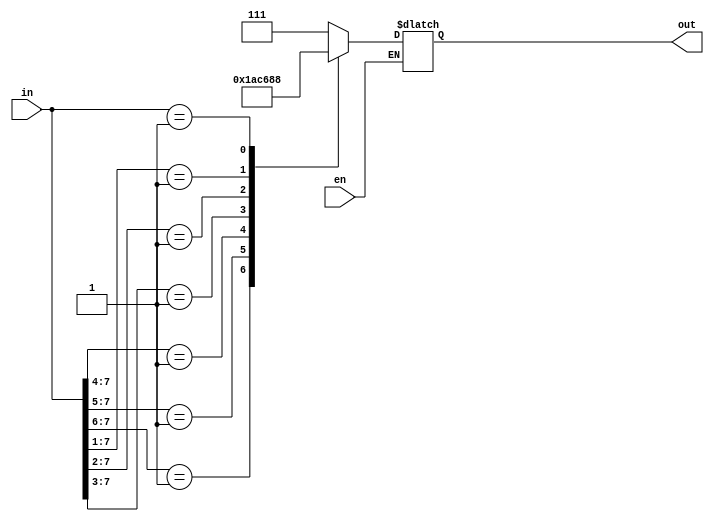
module top_8x3_Priority_Encoder_Beh(en,in,out);
input en;              // active low enable input
input [7:0]in;         // encoder input
output reg [2:0]out;   // encoder output

always @(en,in)
begin
  if(!en)
  begin
    casex(in) 
       8'b1xxxxxxx : out=7;
       8'b01xxxxxx : out=6;
       8'b001xxxxx : out=5;
       8'b0001xxxx : out=4; 
       8'b00001xxx : out=3;
       8'b000001xx : out=2;
       8'b0000001x : out=1;
       8'b00000001 : out=0;    
       default :
        begin
          out = 3'bx;
        end
    endcase      
   end
end
endmodule